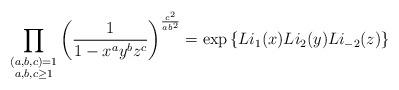
LaTeX: \begin{align*} \prod_{\substack{ (a,b,c)=1 \\ a,b,c \geq 1}} \left( \frac{1}{1-x^a y^b z^c} \right)^{\frac{c^2}{a b^2}} = \exp\left\{Li_1(x) Li_2(y) Li_{-2}(z)\right\} \end{align*}